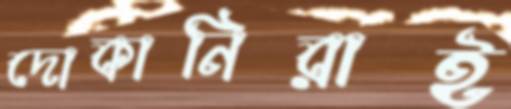
দোকানিরাই